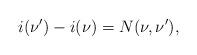
LaTeX: \begin{align*}i(\nu')-i(\nu)=N(\nu,\nu'),\end{align*}